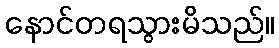
နောင်တရသွားမိသည်။